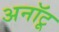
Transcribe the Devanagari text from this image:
अनॉटू